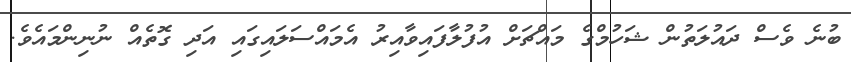
ބުނެ ވެސް ދައުލަތުން ޝަހުމްގެ މައްޗަށް އުފުލާފައިވާއިރު އެމައްސަލައިގައި އަދި ގޮތެއް ނުނިންމައެވެ.